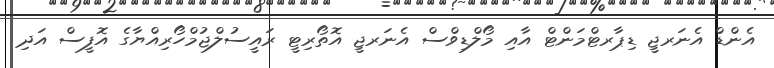
އެންޑް އެނަރޖީ ޑިޕާރޓްމަންޓް އާއި މޯލްޑިވްސް އެނަރޖީ އޮތޯރިޓީ ރައީސުލްޖުމްހޯރިއްޔާގެ އޮފީސް އަދި